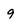
Character: g